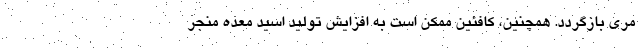
مری بازگردد. همچنین، کافئین ممکن است به افزایش تولید اسید معده منجر